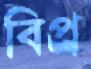
বিপ্র্র